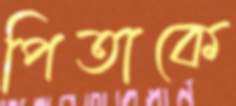
পিতাকে